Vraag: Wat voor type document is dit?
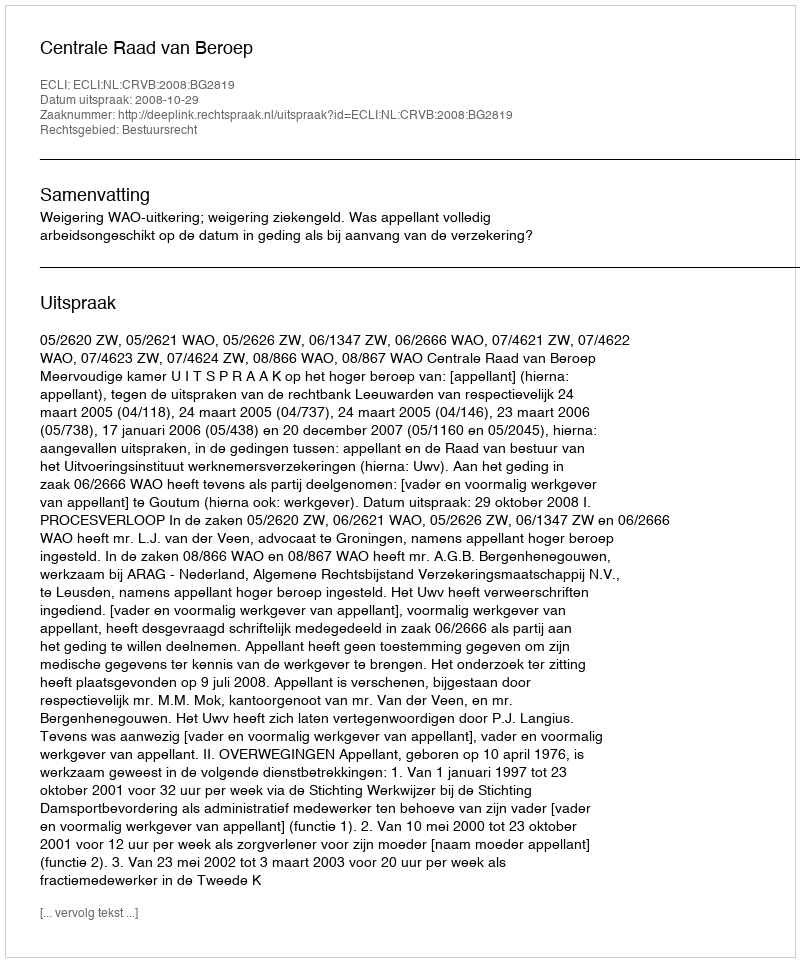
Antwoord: Uitspraak